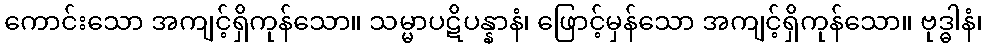
ကောင်းသော အကျင့်ရှိကုန်သော။ သမ္မာပဋိပန္နာနံ၊ ဖြောင့်မှန်သော အကျင့်ရှိကုန်သော။ ဗုဒ္ဓါနံ၊